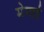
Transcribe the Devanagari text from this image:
मेमाई